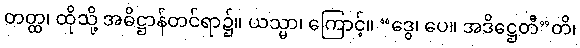
တတ္ထ၊ ထိုသို့ အဓိဋ္ဌာန်တင်ရာ၌။ ယသ္မာ၊ ကြောင့်။ “ဒွေ၊ ပေ။ အဒိဋ္ဌေတီ”တိ၊